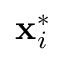
{ \bf x } _ { i } ^ { * }